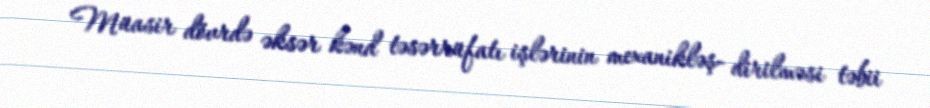
Müasir dövrdə əksər kənd təsərrüfatı işlərinin mexanikləş- dirilməsi təbii